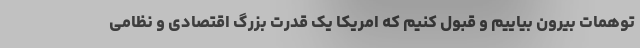
توهمات بیرون بیاییم و قبول کنیم که امریکا یک قدرت بزرگ اقتصادی و نظامی